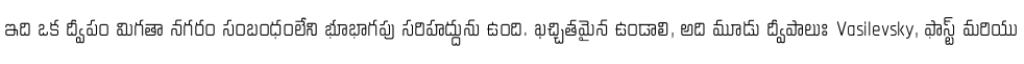
ఇది ఒక ద్వీపం మిగతా నగరం సంబంధంలేని భూభాగపు సరిహద్దును ఉంది. ఖచ్చితమైన ఉండాలి, అది మూడు ద్వీపాలుః Vasilevsky, ఫాస్ట్ మరియు